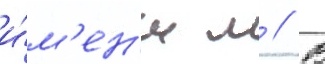
и́м'ен'и м // В